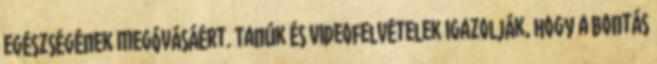
egészségének megóvásáért. Tanúk és videofelvételek igazolják, hogy a bontás